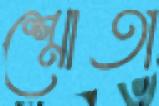
শ্রোতা